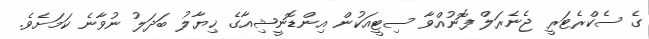
ގެ ސެކްރެޓަރީ ޖެނެރަލް ފޮނުއްވާ ސިޓީއަކުން އިންޑޮނީޝިއާގެ ޚިޔާލު ބަދަލު ނުވާނެ ކަމަށެވެ.